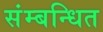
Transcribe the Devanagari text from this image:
संम्बन्धित